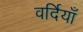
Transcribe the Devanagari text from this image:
वर्दियाँ